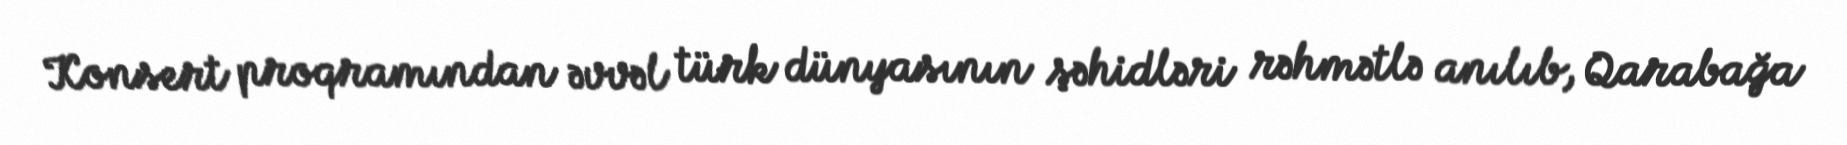
Konsert proqramından əvvəl türk dünyasının şəhidləri rəhmətlə anılıb, Qarabağa